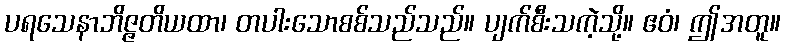
ပရသေနာဘိဇ္ဇတိယထာ၊ တပါးသောစစ်သည်သည်။ ပျက်စီးသကဲ့သို့။ ဧဝံ၊ ဤအတူ။